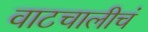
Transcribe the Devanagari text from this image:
वाटचालीचं